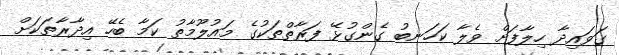
ގަވައިދާ ހިލާފަށް ވެލާ ކަހަނބު ގެންގުޅޭ ފަރާތްތަކުގެ މައުލޫމާތު ކަމާ ބެހޭ އިދާރާތަކަށް